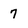
Character: 7